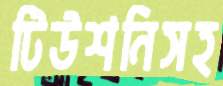
টিউশনিসহ